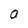
Character: N